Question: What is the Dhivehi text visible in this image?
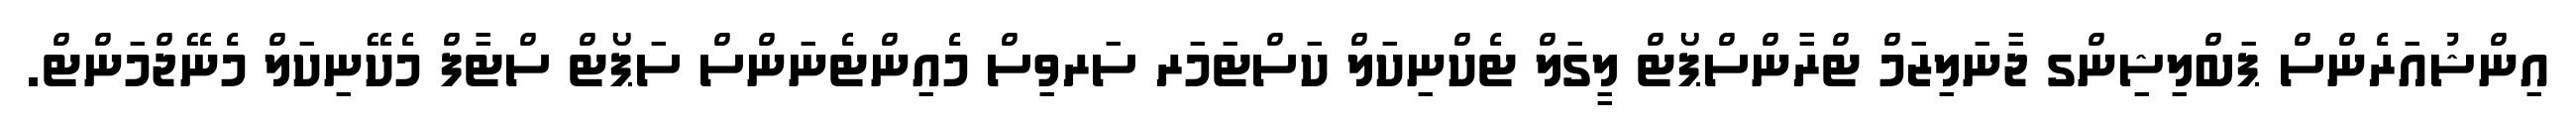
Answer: އިންޝުއަރެންސް ޕަބްލިޝިންގ ޖާނަލިޒަމް ޓްރާންސްޕޯޓް ލީގަލް ޓެކްނިކަލް ކަސްޓަމަރ ސަރވިސް މެއިންޓެނަންސް ސަޕޯޓް ސްޓާފް މެކޭނިކަލް މެނޭޖްމަންޓް.